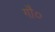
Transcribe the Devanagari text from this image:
गौ०